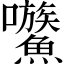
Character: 𡆍